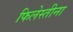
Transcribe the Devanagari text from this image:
फिलेस्तीना